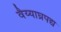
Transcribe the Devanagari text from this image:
वैय्याघ्रपद्य